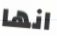
انها